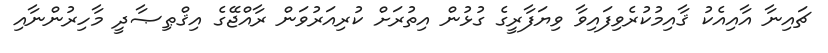
ޗައިނާ އާއިއެކު ޤާއިމުކުރެވިފައިވާ ވިޔަފާރީގެ ގުޅުން އިތުރަށް ކުރިއަރުވަން ރާއްޖޭގެ އިޤްޠިޞާދީ މާހިރުންނާއި